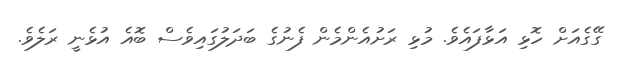
ގޭގެއަށް ހޮޅި އަޅާފައެވެ. މުޅި ރަށުއެންމެން ފެނުގެ ބަދަލުގައިވެސް ބޮއެ އުޅެނީ ރަލެވެ.